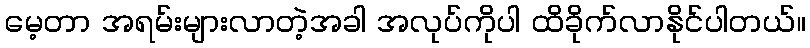
မေ့တာ အရမ်းများလာတဲ့အခါ အလုပ်ကိုပါ ထိခိုက်လာနိုင်ပါတယ်။